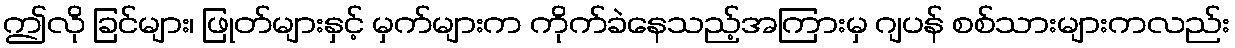
ဤလို ခြင်များ၊ ဖြုတ်များနှင့် မှက်များက ကိုက်ခဲနေသည့်အကြားမှ ဂျပန် စစ်သားများကလည်း